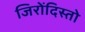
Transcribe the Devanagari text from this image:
जिरोंदिस्तो